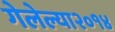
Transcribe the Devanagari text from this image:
गेलेल्या२०१४